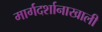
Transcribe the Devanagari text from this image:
मार्गदर्शानाखाली